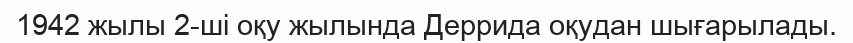
1942 жылы 2-ші оқу жылында Деррида оқудан шығарылады.